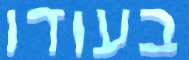
בעודו